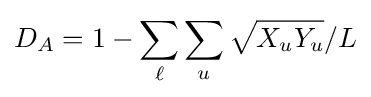
D_{A}=1-\sum _{\ell }\sum _{u}{\sqrt {X_{u}Y_{u}}}/{L}